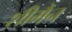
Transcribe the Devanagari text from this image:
शीमैन